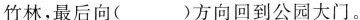
林，最后向( )方向回到公园大门。